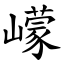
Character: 㠓